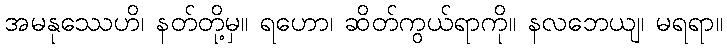
အမနုဿေဟိ၊ နတ်တို့မှ။ ရဟော၊ ဆိတ်ကွယ်ရာကို။ နလဘေယျ၊ မရရာ။